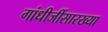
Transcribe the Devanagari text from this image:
गांधीजींसारख्या